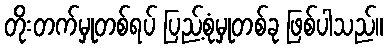
တိုးတက်မှုတစ်ရပ် ပြည့်စုံမှုတစ်ခု ဖြစ်ပါသည်။